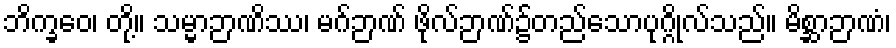
ဘိက္ခဝေ၊ တို့။ သမ္မာဉာဏိဿ၊ မဂ်ဉာဏ် ဖိုလ်ဉာဏ်၌တည်သောပုဂ္ဂိုလ်သည်။ မိစ္ဆာဉာဏံ၊